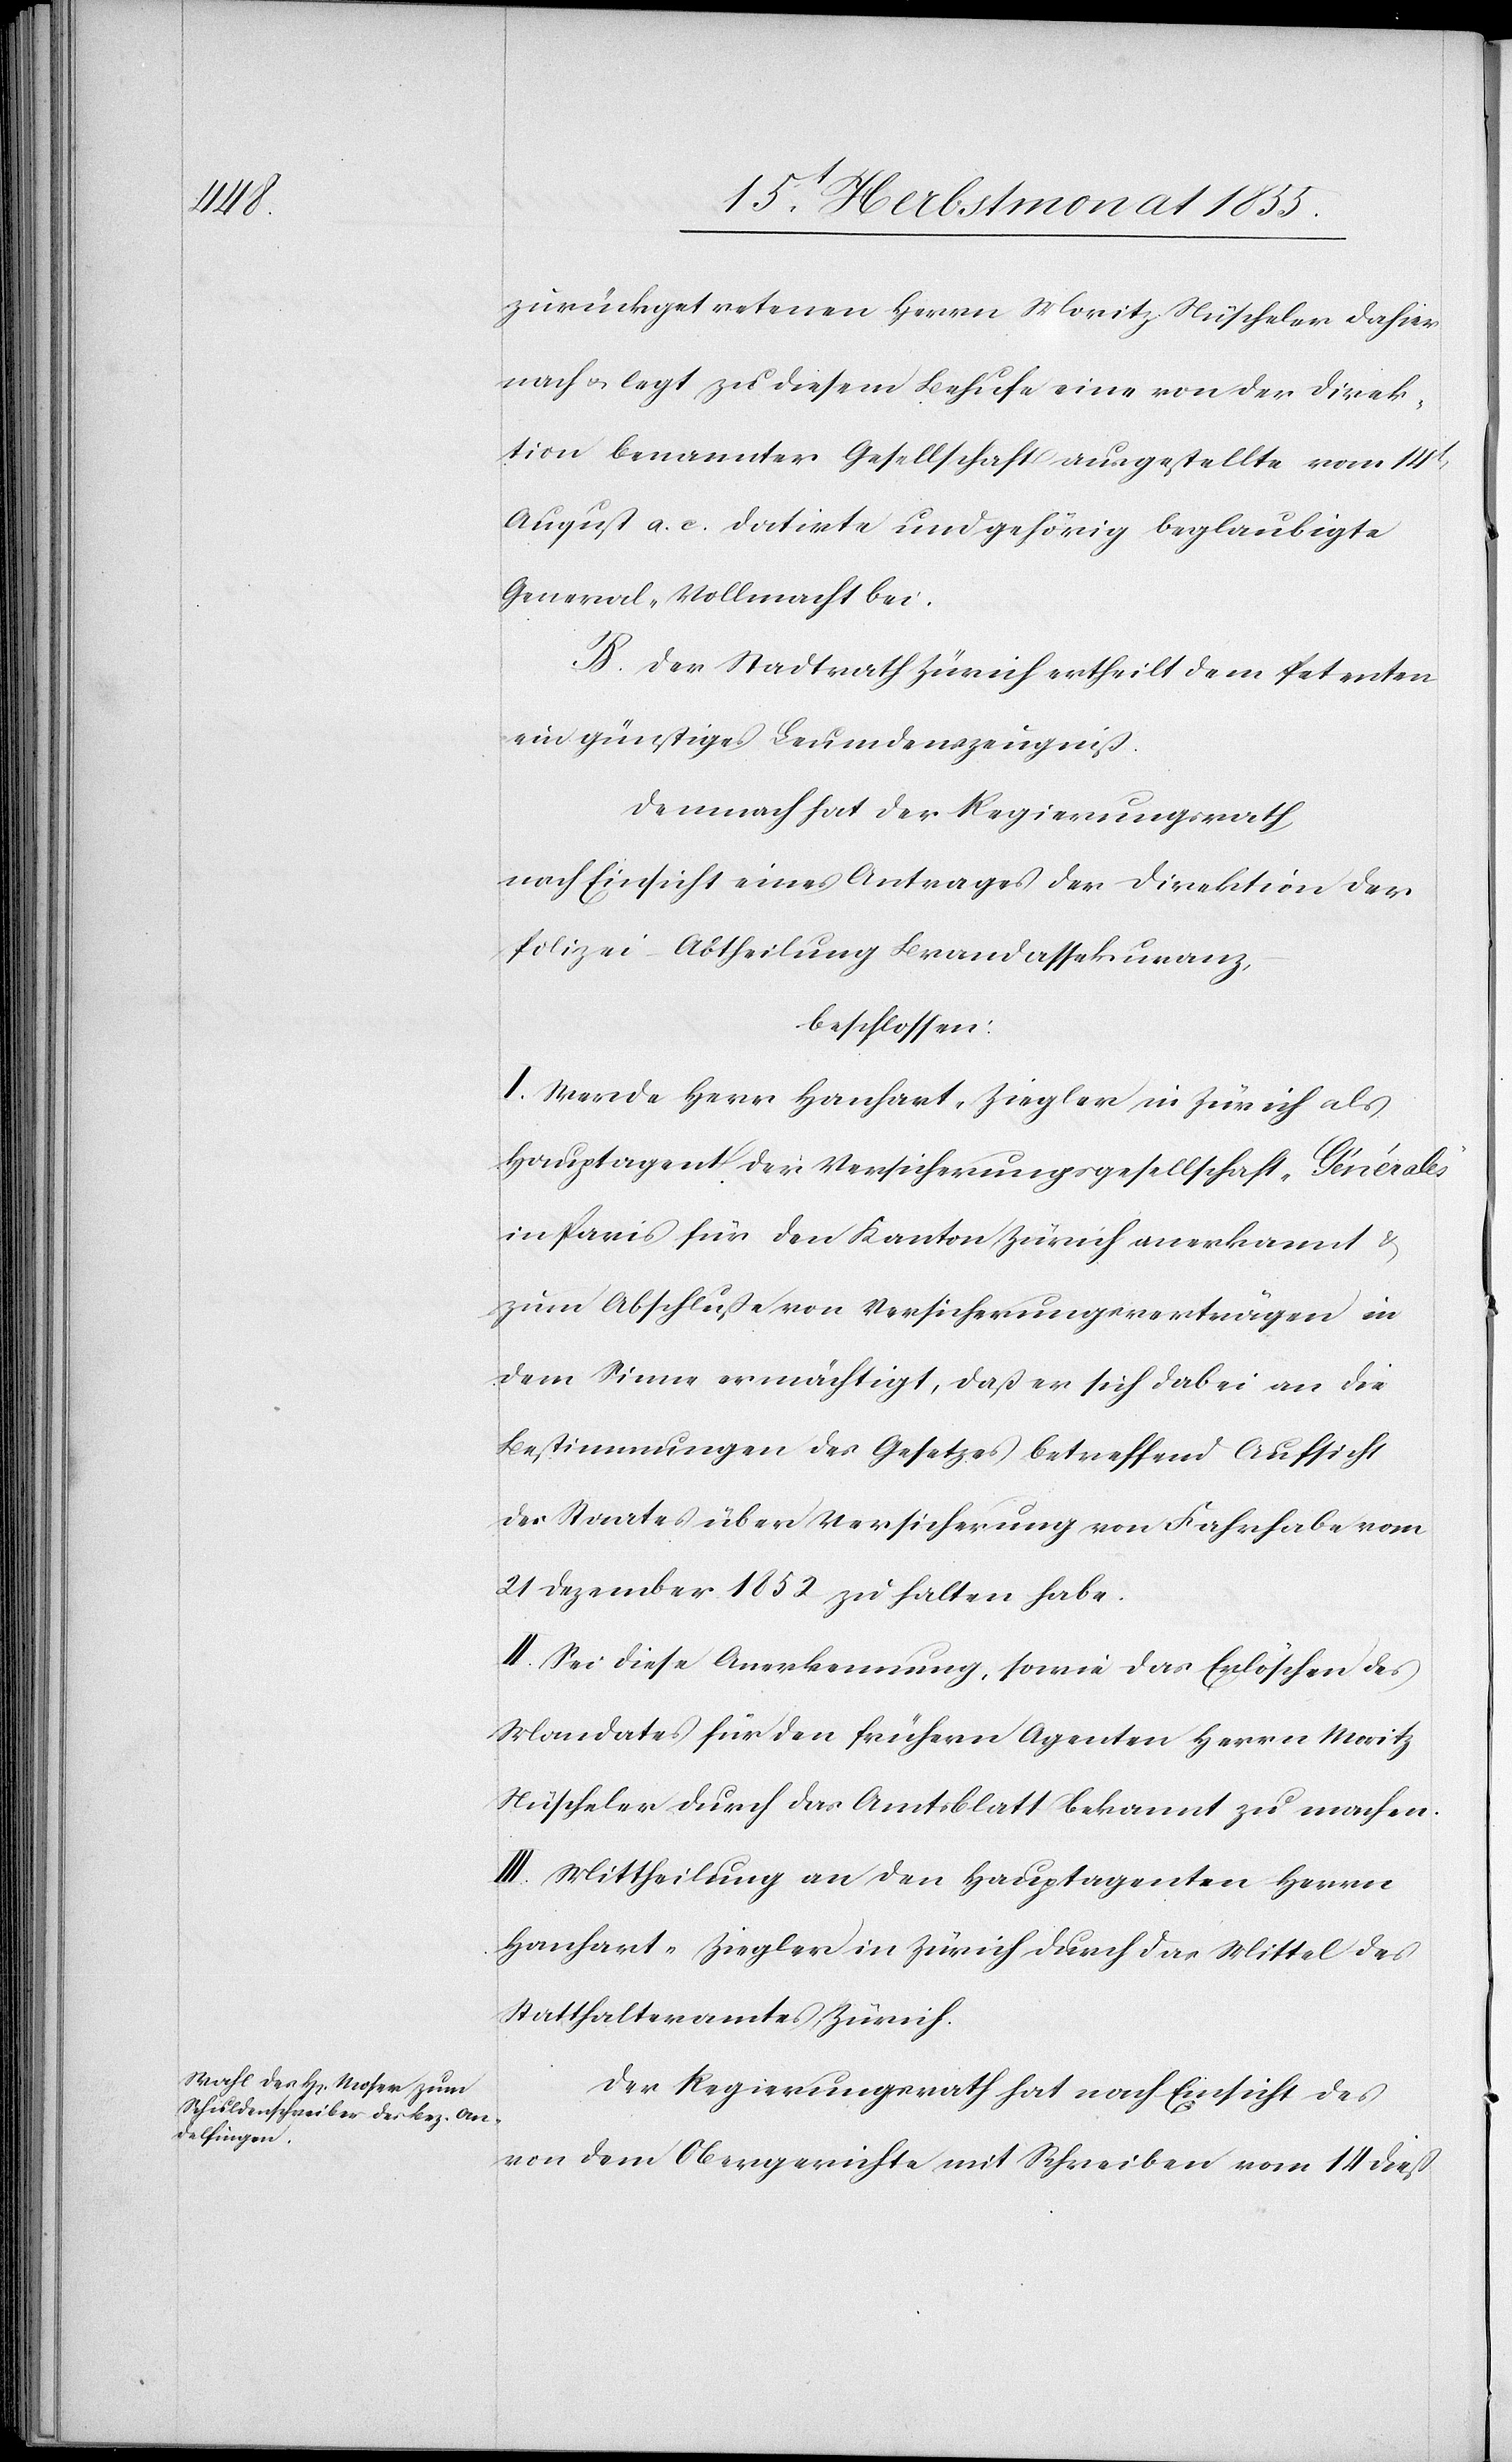
zurückgetretenen Herrn Moritz Nüscheler dahier
nach & legt zu diesem Behufe eine von der Direk¬
tion benannter Gesellschaft ausgestellte vom 14t
August a. c. datirte und gehörig beglaubigte
General-Vollmacht bei.
B. Der Stadtrath Zürich ertheilt dem Petenten
ein günstiges Leumdenszeugniß.
Demnach hat der Regierungsrath,
nach Einsicht eines Antrages der Direktion der
Polizei – Abtheilung Brandassekuranz,
beschlossen:
I. Werde Herr Hanhart-Ziegler in Zürich als
Hauptagent der Versicherungsgesellschaft „Générales“
in Paris für den Kanton Zürich anerkannt &
zum Abschluße von Versicherungsverträgen in
dem Sinne ermächtigt, daß er sich dabei an die
Bestimmungen des Gesetzes betreffend Aufsicht
des Staates über Versicherung von Fahrhabe vom
21 Dezember 1852 zu halten habe.
II. Sei diese Anerkennung, sowie das Erlöschen des
Mandates für den frühern Agenten Herrn Moritz
Nüscheler durch das Amtsblatt bekannt zu machen.
III. Mittheilung an den Hauptagenten Herrn
Hanhart-Ziegler in Zürich durch das Mittel des
Statthalteramtes Zürich.
Der Regierungsrath hat nach Einsicht des
von dem Obergerichte mit Schreiben vom 14 dieß